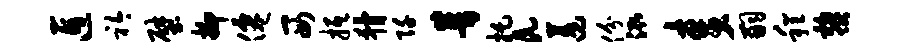
匠衿壁抑仙西抵猾阡普托a蓬份泓麦嗣程黎